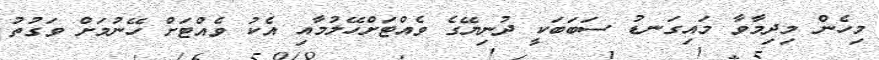
މިހެން މިދިމާވާ މައިގަނޑު ސަބަބަކީ ދުނިޔޭގެ ވެއްޓަށްހޭލުމާއި އެކު ވެއްޓަށް ހޭނުމަށް ވަގުތު